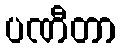
ပဏီတာ